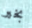
بخير